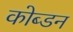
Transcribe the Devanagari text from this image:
कोब्डन